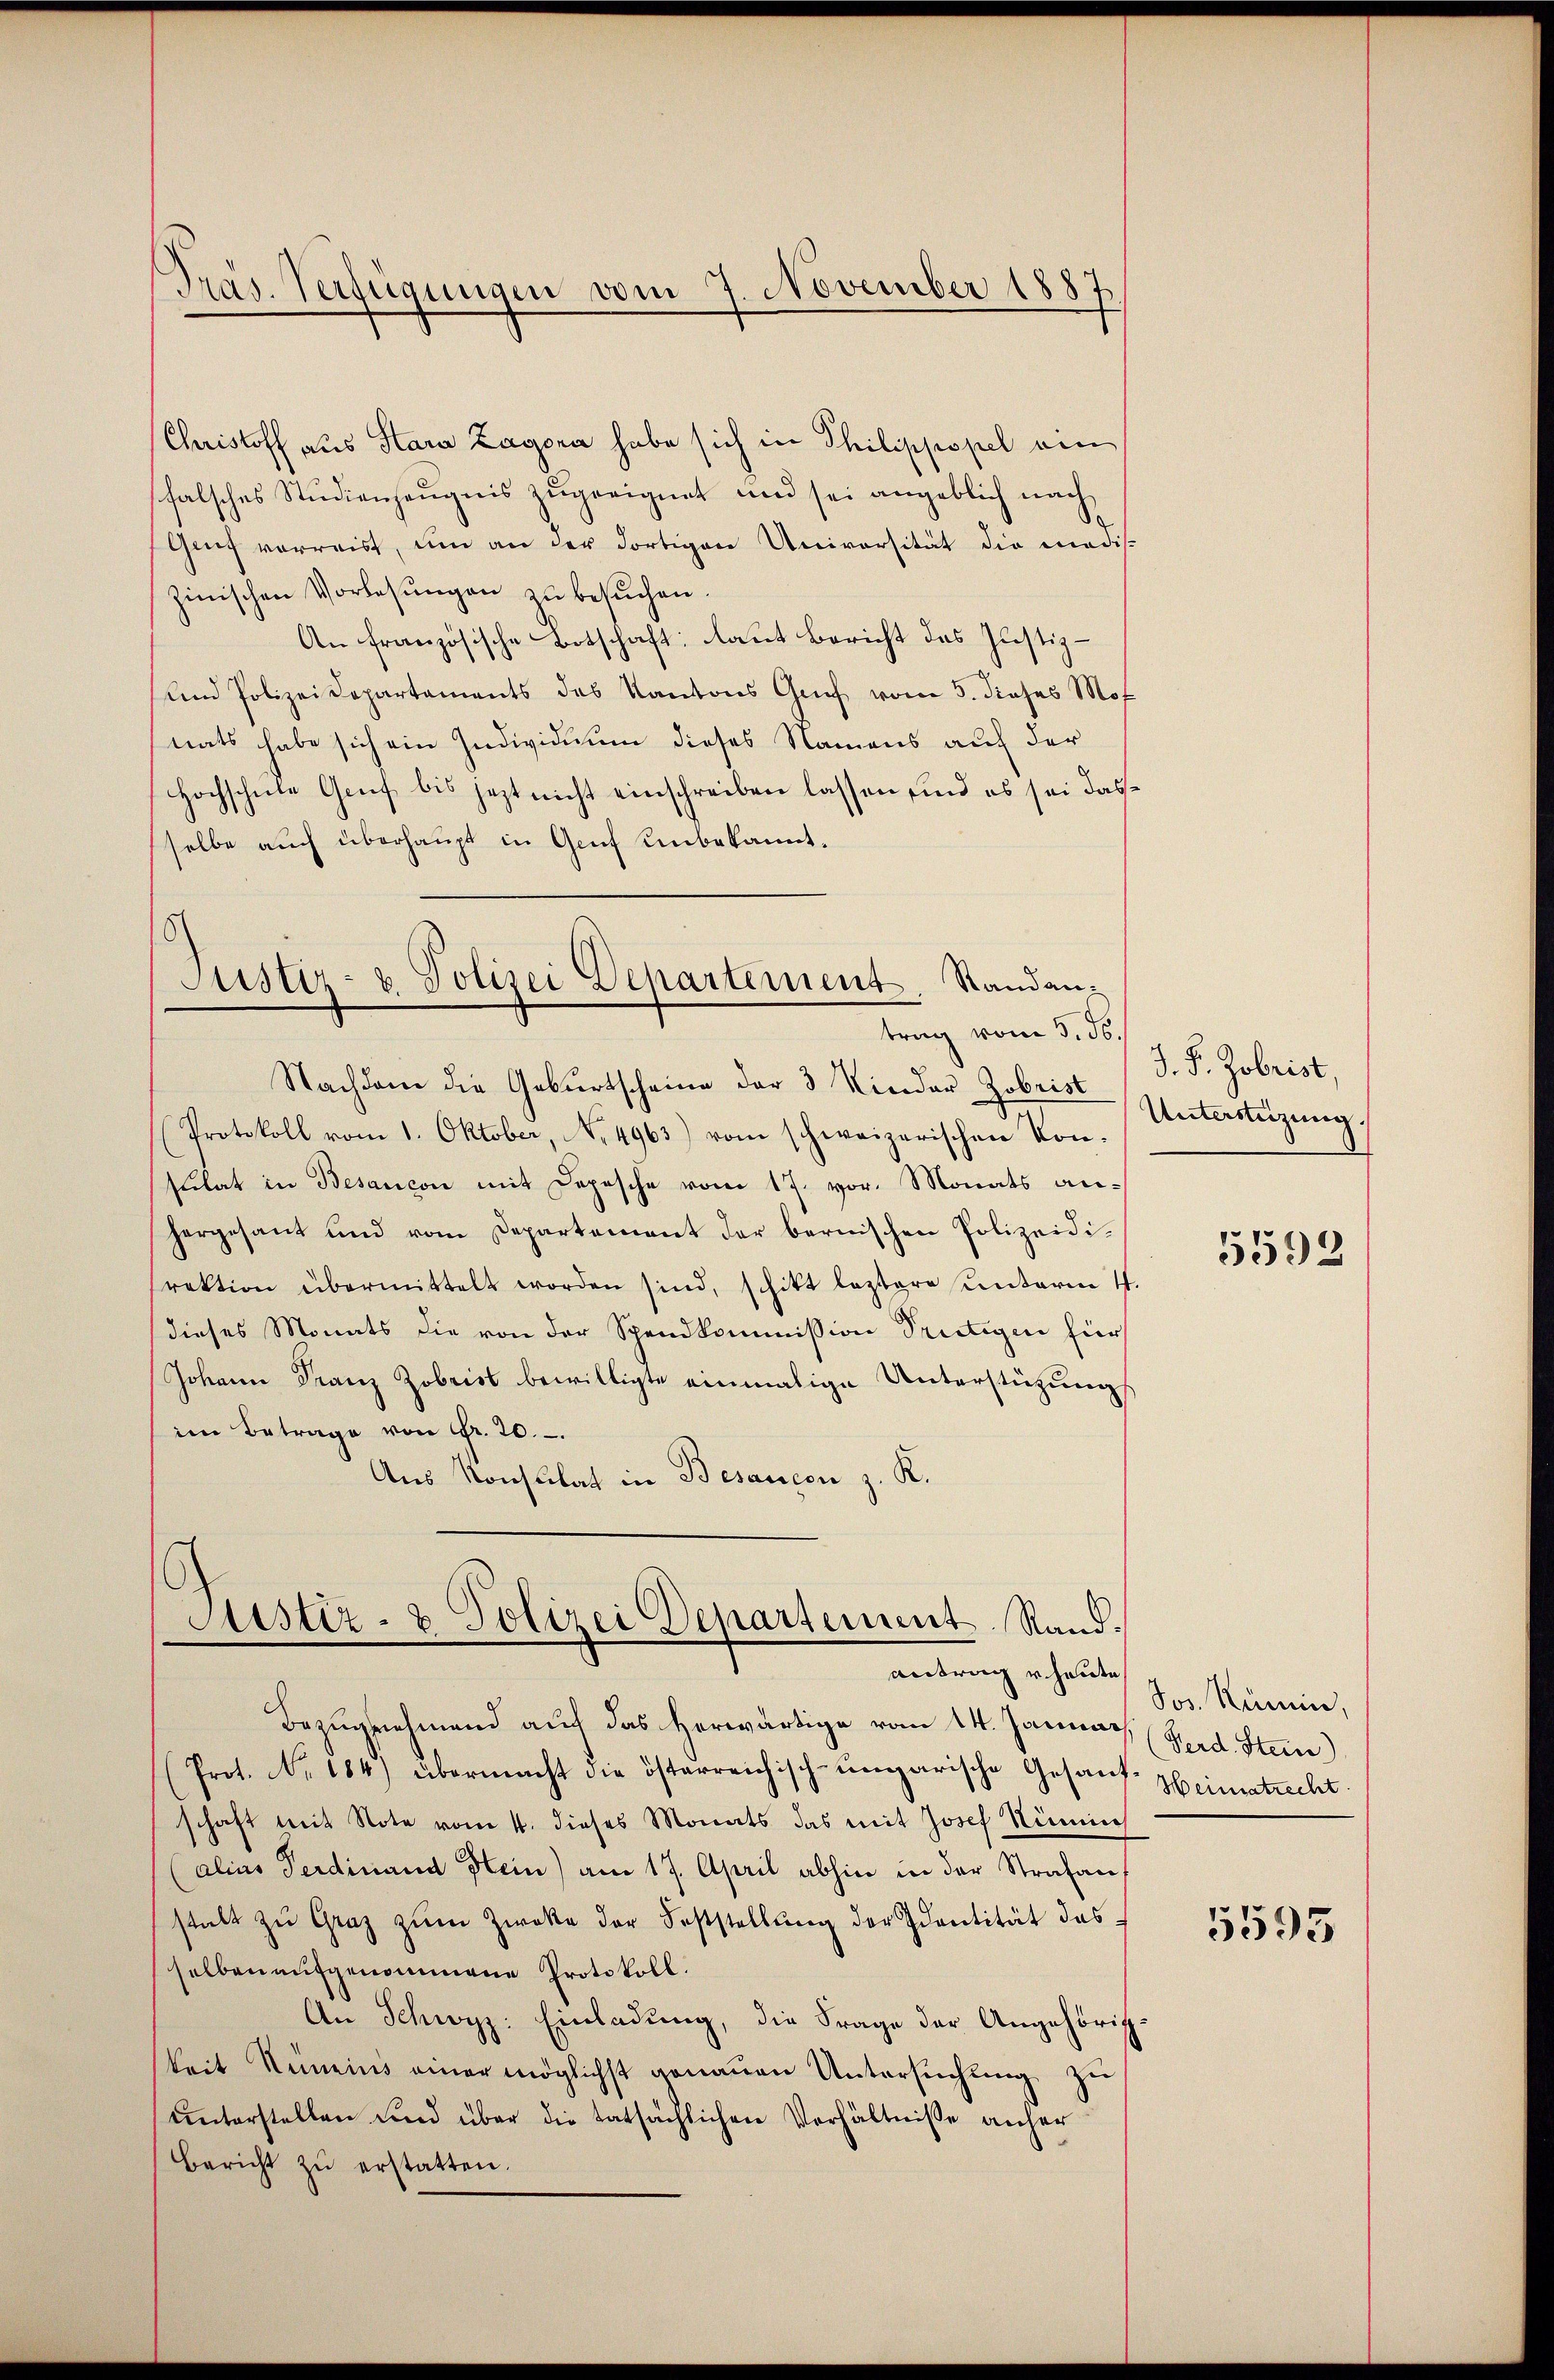
Präs. Verfügungen vom 7. November 1887

Justiz- u. Polizei Departement. Standantrag vom 3. ds.

Christoff aus Sara Zagora habe sich in Philippopel ein
falsches Studienzeugnis zugeeignet und sei angeblich nach¬
Grf verreist, um an der dortigen Universität die madiszinischen Vorlesungen zu besuchen.
An französische Botschaft laut Bericht das Justiz-
nd Polizeidepartaments des Kantons Graf vom 5. dieses Mot
nats habe sich ein Individuum dieses Namens auf der
Hochschule Gruf bis jezt nicht einschreiben lassen sind es sei dass
selbe auch überhaupt in Genf unbekannt.
Nachdem die Gebŭrtscheine der 3 Kinder Zobrist
(Protokoll vom 1. Oktober, No. 4963) vom schweizerischen Konsulat in Besancon mit Depesche vom 17. vor. Monats anhergesant und vom Departement der bernischen Polizeidirektion übermittelt worden sind, schikt leztere unterm 4.
dieses Monats die von der Spandkommission Trutigen für
Johann Franz Zobrist bewilligte einmalige Unterstützungs
im Betrage von Fr. 20.
Aus Konsulat in Besancen z. K.

Justiz- & Polizei Departement Rand.
antrag u. heute

Bezugnehmend auch das herwärtige vom 14. Januar
Prot. No. 184) übermacht die österreichisch-ungarische Gesand-Heimatrecht.
schaft mit Note vom 4. dieses Monats das mit Josef Nimm
(alins Ferdinand Hein) am 17. April abhin in der Strafanstalt zŭ Graz zŭm Zweke der Feststellŭng der Identität des
selben aufgenommene Protokoll.
An Schwyz: Einladung, die Frage der Angehörigkeit Rümeins einer möglichst genauen Untersuchung zu
unterstellen und über die tatsächlichen Verhältnisse anher
Bericht zŭ erstatten.

J. P. Zobrist,
Unterstüzung.

5592

Jos. Kümin,
Ferd. Stein)

5595